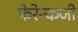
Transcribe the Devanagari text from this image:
फेरेन्कजी